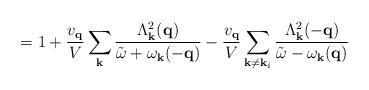
\begin{align*}= 1 + \frac{ v_{ {\bf{q}} } }{V}\sum_{ {\bf{k}} }\frac{ \Lambda^{2}_{ {\bf{k}} }({\bf{q}}) }{ {\tilde{\omega}} + \omega_{ {\bf{k}} }(-{\bf{q}}) }- \frac{ v_{ {\bf{q}} } }{V}\sum_{ {\bf{k}} \neq {\bf{k}}_{i}}\frac{ \Lambda^{2}_{ {\bf{k}} }(-{\bf{q}}) }{ {\tilde{\omega}} - \omega_{ {\bf{k}} }({\bf{q}}) }\end{align*}